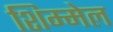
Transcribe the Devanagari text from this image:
शिम्मेल